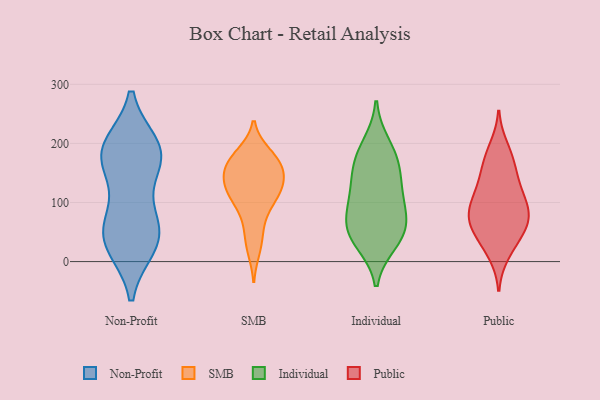
{"axis": {"x": "Page Views", "y": "Value"}, "legend": ["Individual", "Non-Profit", "Public", "SMB"], "data": [{"x": "", "y": 195, "type": "Non-Profit"}, {"x": "", "y": 191, "type": "Non-Profit"}, {"x": "", "y": 184, "type": "Non-Profit"}, {"x": "", "y": 28, "type": "Non-Profit"}, {"x": "", "y": 27, "type": "Non-Profit"}, {"x": "", "y": 186, "type": "Non-Profit"}, {"x": "", "y": 56, "type": "Non-Profit"}, {"x": "", "y": 83, "type": "Non-Profit"}, {"x": "", "y": 171, "type": "Non-Profit"}, {"x": "", "y": 163, "type": "Non-Profit"}, {"x": "", "y": 37, "type": "Non-Profit"}, {"x": "", "y": 55, "type": "Non-Profit"}, {"x": "", "y": 146, "type": "SMB"}, {"x": "", "y": 20, "type": "SMB"}, {"x": "", "y": 114, "type": "SMB"}, {"x": "", "y": 150, "type": "SMB"}, {"x": "", "y": 152, "type": "SMB"}, {"x": "", "y": 123, "type": "SMB"}, {"x": "", "y": 165, "type": "SMB"}, {"x": "", "y": 98, "type": "SMB"}, {"x": "", "y": 75, "type": "SMB"}, {"x": "", "y": 45, "type": "SMB"}, {"x": "", "y": 167, "type": "SMB"}, {"x": "", "y": 183, "type": "SMB"}, {"x": "", "y": 117, "type": "SMB"}, {"x": "", "y": 181, "type": "SMB"}, {"x": "", "y": 123, "type": "SMB"}, {"x": "", "y": 47, "type": "Individual"}, {"x": "", "y": 32, "type": "Individual"}, {"x": "", "y": 67, "type": "Individual"}, {"x": "", "y": 165, "type": "Individual"}, {"x": "", "y": 66, "type": "Individual"}, {"x": "", "y": 198, "type": "Individual"}, {"x": "", "y": 148, "type": "Individual"}, {"x": "", "y": 40, "type": "Individual"}, {"x": "", "y": 111, "type": "Individual"}, {"x": "", "y": 121, "type": "Individual"}, {"x": "", "y": 90, "type": "Individual"}, {"x": "", "y": 177, "type": "Individual"}, {"x": "", "y": 133, "type": "Public"}, {"x": "", "y": 81, "type": "Public"}, {"x": "", "y": 96, "type": "Public"}, {"x": "", "y": 167, "type": "Public"}, {"x": "", "y": 62, "type": "Public"}, {"x": "", "y": 66, "type": "Public"}, {"x": "", "y": 138, "type": "Public"}, {"x": "", "y": 101, "type": "Public"}, {"x": "", "y": 28, "type": "Public"}, {"x": "", "y": 82, "type": "Public"}, {"x": "", "y": 172, "type": "Public"}, {"x": "", "y": 60, "type": "Public"}, {"x": "", "y": 51, "type": "Public"}, {"x": "", "y": 110, "type": "Public"}, {"x": "", "y": 192, "type": "Public"}, {"x": "", "y": 14, "type": "Public"}]}